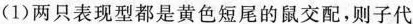
(1)两只表现型都是黄色短尾的鼠交配，则子代